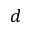
d